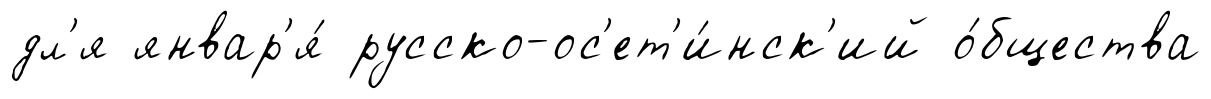
дл'я январ'я́ русско-ос'ет'и́нск'ий о́бщества